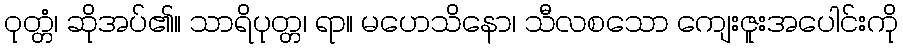
ဝုတ္တံ၊ ဆိုအပ်၏။ သာရိပုတ္တ၊ ရာ။ မဟေသိနော၊ သီလစသော ကျေးဇူးအပေါင်းကို